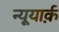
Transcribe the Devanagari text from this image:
न्यूयार्क़